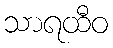
သာရထီဝ